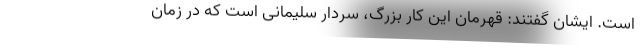
است. ایشان گفتند: قهرمان این کار بزرگ، سردار سلیمانی است که در زمان